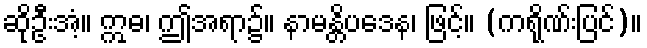
ဆိုဦးအံ့။ ဣဓ၊ ဤအရာ၌။ နာမန္တိပဒေန၊ ဖြင့်။ (ကရိုဏ်းပြင်)။